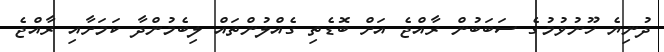
ދުނިޔެ ހޫނުވުމުގެ ސަބަބުން ރާއްޖެ އަށް ބޮޑެތި ގެއްލުންތައް ލިބެމުންދާ ކަމަށާއި ރާއްޖެ